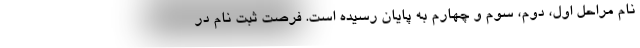
نام مراحل اول، دوم، سوم و چهارم به پایان رسیده است. فرصت ثبت نام در